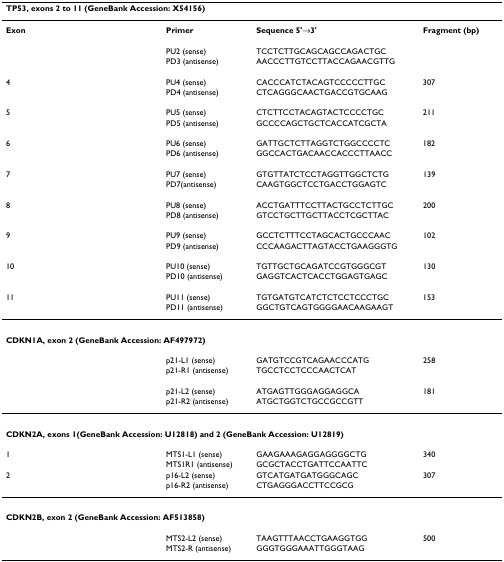
<table><thead><tr><td colspan="4"><b>TP53, exons 2 to 11 (GeneBank Accession: X54156)</b></td></tr></thead><tbody><tr><td><b>Exon</b></td><td><b>Primer</b></td><td><b>Sequence 5&#x27;→3&#x27;</b></td><td><b>Fragment (bp)</b></td></tr><tr><td></td><td>PU2 (sense)</td><td>TCCTCTTGCAGCAGCCAGACTGC</td><td></td></tr><tr><td></td><td>PD3 (antisense)</td><td>AACCCTTGTCCTTACCAGAACGTTG</td><td></td></tr><tr><td>4</td><td>PU4 (sense)</td><td>CACCCATCTACAGTCCCCCTTGC</td><td>307</td></tr><tr><td></td><td>PD4 (antisense)</td><td>CTCAGGGCAACTGACCGTGCAAG</td><td></td></tr><tr><td>5</td><td>PU5 (sense)</td><td>CTCTTCCTACAGTACTCCCCTGC</td><td>211</td></tr><tr><td></td><td>PD5 (antisense)</td><td>GCCCCAGCTGCTCACCATCGCTA</td><td></td></tr><tr><td>6</td><td>PU6 (sense)</td><td>GATTGCTCTTAGGTCTGGCCCCTC</td><td>182</td></tr><tr><td></td><td>PD6 (antisense)</td><td>GGCCACTGACAACCACCCTTAACC</td><td></td></tr><tr><td>7</td><td>PU7 (sense)</td><td>GTGTTATCTCCTAGGTTGGCTCTG</td><td>139</td></tr><tr><td></td><td>PD7(antisense)</td><td>CAAGTGGCTCCTGACCTGGAGTC</td><td></td></tr><tr><td>8</td><td>PU8 (sense)</td><td>ACCTGATTTCCTTACTGCCTCTTGC</td><td>200</td></tr><tr><td></td><td>PD8 (antisense)</td><td>GTCCTGCTTGCTTACCTCGCTTAC</td><td></td></tr><tr><td>9</td><td>PU9 (sense)</td><td>GCCTCTTTCCTAGCACTGCCCAAC</td><td>102</td></tr><tr><td></td><td>PD9 (antisense)</td><td>CCCAAGACTTAGTACCTGAAGGGTG</td><td></td></tr><tr><td>10</td><td>PU10 (sense)</td><td>TGTTGCTGCAGATCCGTGGGCGT</td><td>130</td></tr><tr><td></td><td>PD10 (antisense)</td><td>GAGGTCACTCACCTGGAGTGAGC</td><td></td></tr><tr><td>11</td><td>PU11 (sense)</td><td>TGTGATGTCATCTCTCCTCCCTGC</td><td>153</td></tr><tr><td></td><td>PD11 (antisense)</td><td>GGCTGTCAGTGGGGAACAAGAAGT</td><td></td></tr><tr><td colspan="4"><b>CDKN1A, exon 2 (GeneBank Accession: AF497972)</b></td></tr><tr><td></td><td>p21-L1 (sense)</td><td>GATGTCCGTCAGAACCCATG</td><td>258</td></tr><tr><td></td><td>p21-R1 (antisense)</td><td>TGCCTCCTCCCAACTCAT</td><td></td></tr><tr><td></td><td>p21-L2 (sense)</td><td>ATGAGTTGGGAGGAGGCA</td><td>181</td></tr><tr><td></td><td>p21-R2 (antisense)</td><td>ATGCTGGTCTGCCGCCGTT</td><td></td></tr><tr><td colspan="4"><b>CDKN2A, exons 1(GeneBank Accession: U12818) and 2 (GeneBank Accession: U12819)</b></td></tr><tr><td>1</td><td>MTS1-L1 (sense)</td><td>GAAGAAAGAGGAGGGGCTG</td><td>340</td></tr><tr><td></td><td>MTS1R1 (antisense)</td><td>GCGCTACCTGATTCCAATTC</td><td></td></tr><tr><td>2</td><td>p16-L2 (sense)</td><td>GTCATGATGATGGGCAGC</td><td>307</td></tr><tr><td></td><td>p16-R2 (antisense)</td><td>CTGAGGGACCTTCCGCG</td><td></td></tr><tr><td colspan="4"><b>CDKN2B, exon 2 (GeneBank Accession: AF513858)</b></td></tr><tr><td></td><td>MTS2-L2 (sense)</td><td>TAAGTTTAACCTGAAGGTGG</td><td>500</td></tr><tr><td></td><td>MTS2-R (antisense)</td><td>GGGTGGGAAATTGGGTAAG</td><td></td></tr></tbody></table>